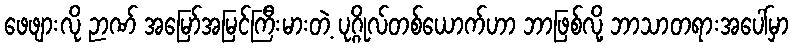
ဖေဖျားလို ဉာဏ် အမြော်အမြင်ကြီးမားတဲ့ ပုဂ္ဂိုလ်တစ်ယောက်ဟာ ဘာဖြစ်လို့ ဘာသာတရားအပေါ်မှာ